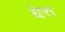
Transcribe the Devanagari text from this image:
येत्त